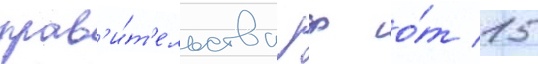
прав'и́т'ельства рф о́т 15